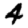
Digit: 4